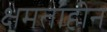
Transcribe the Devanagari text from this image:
क्षमताहीन